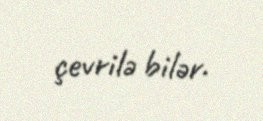
çevrilə bilər.